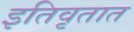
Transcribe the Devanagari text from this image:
इतिवृतात